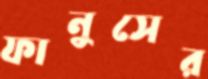
ফানুসের